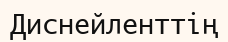
Диснейленттің